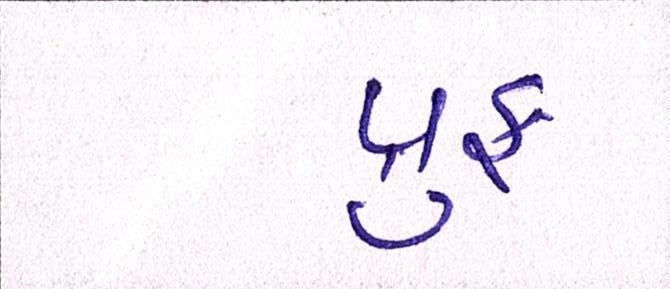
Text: પ્રુફ